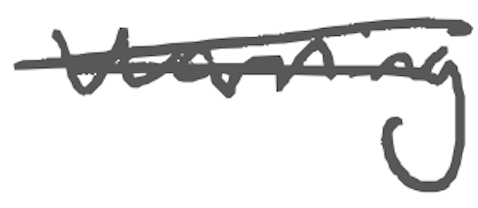
Text: warning
Cross-out: double-line
Writing tool: digital_gray